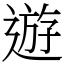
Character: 遊